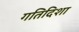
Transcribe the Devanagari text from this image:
गतिदिशा